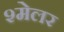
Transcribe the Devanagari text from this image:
श्मेलर